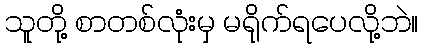
သူတို့ စာတစ်လုံးမှ မရိုက်ရပေလို့ဘဲ။